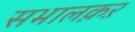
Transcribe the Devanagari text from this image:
सभालक़ऱ